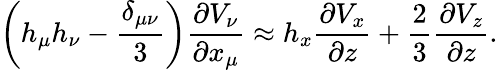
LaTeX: \left(h_{\mu}h_{\nu}-\frac{\delta_{\mu\nu}}{3}\right)\frac{\partial V_{\nu}}{\partial x_{\mu}}\approx h_{x}\frac{\partial V_{x}}{\partial z}+\frac{2}{3}\frac{\partial V_{z}}{\partial z}.